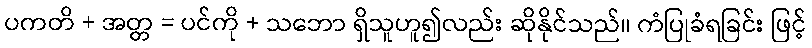
ပကတိ + အတ္တ = ပင်ကို + သဘော ရှိသူဟူ၍လည်း ဆိုနိုင်သည်။ ကံပြုခံရခြင်း ဖြင့်